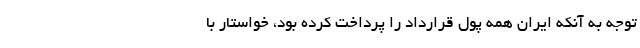
توجه به آنکه ایران همه پول قرارداد را پرداخت کرده بود، خواستار با